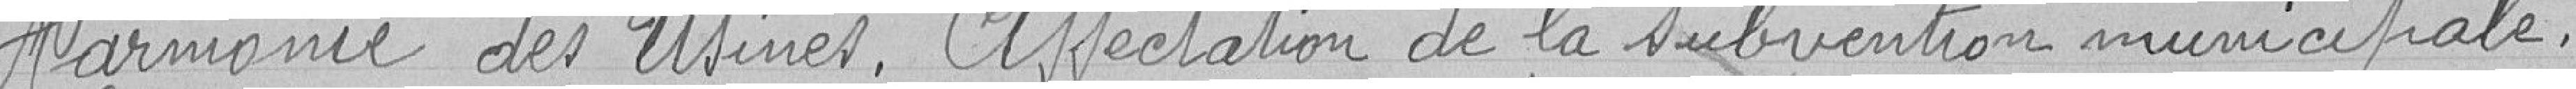
Harmonie des Usines. Attestation de subvention municipale .